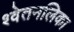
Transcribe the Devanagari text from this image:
श्वेतनलिका